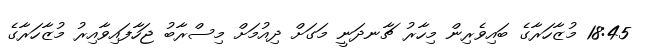
18:45 މުޒާހަރާގެ ބައިވެރިން މިހާރު ޗާނދަނީ މަގަށް ދިއުމަށް މިސްރާބު ޖަހާފައިވާއިރު މުޒާހަރާގެ